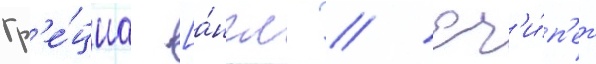
Гр'е́циа [а́нгл. // Ег'и́п'ет